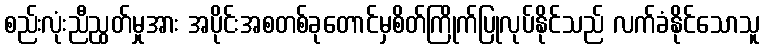
စည်းလုံးညီညွတ်မှုအား အပိုင်းအစတစ်ခုတောင်မှစိတ်ကြိုက်ပြုလုပ်နိုင်သည် လက်ခံနိုင်သောသူ